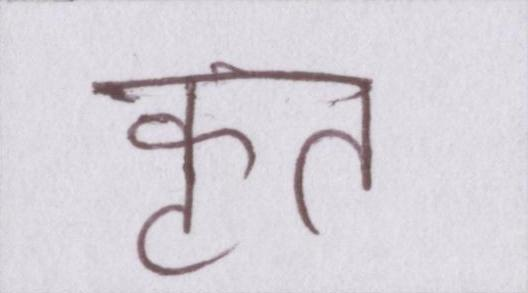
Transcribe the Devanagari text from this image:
कृत